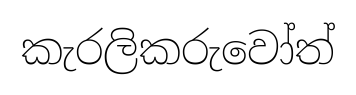
කැරලිකරුවෝත්